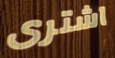
اشترى